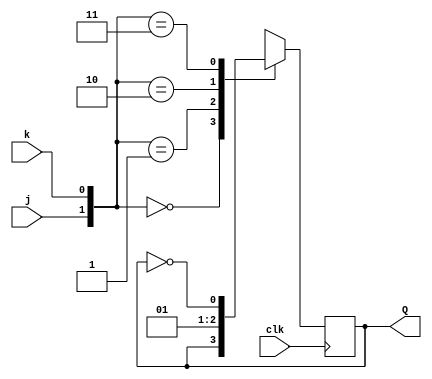
module top_module (
    input clk,
    input j,
    input k,
    output Q); 
    
    always @(posedge clk)    begin
        if(clk)     begin
            case({j,k})
                2'b00: Q <= Q;
                2'b01: Q <= 1'b0;
                2'b10: Q <= 1'b1;
                2'b11: Q <= ~Q;
            endcase
        end
        else
            Q <= Q;
    end

endmodule